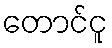
တောင်ငူ